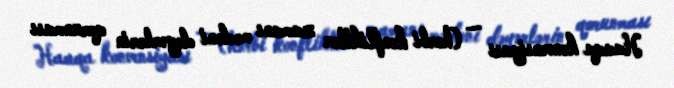
Haaqa konvensiyası — (hərbi konfliktlər zamanı mədəni dəyərlərin qorunması